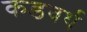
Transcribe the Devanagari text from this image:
कडवर्थ